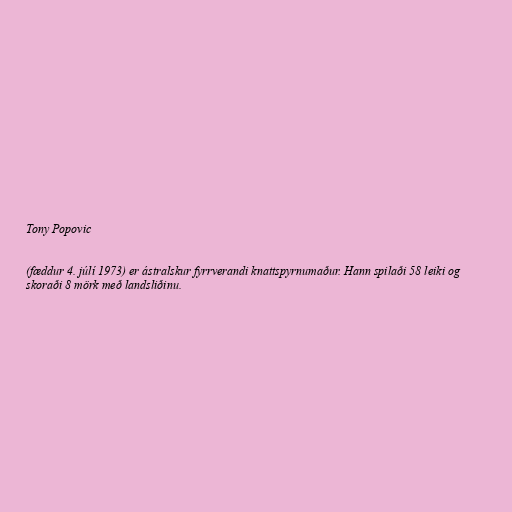
Tony Popovic

(fæddur 4. júlí 1973) er ástralskur fyrrverandi knattspyrnumaður. Hann spilaði 58 leiki og
skoraði 8 mörk með landsliðinu.